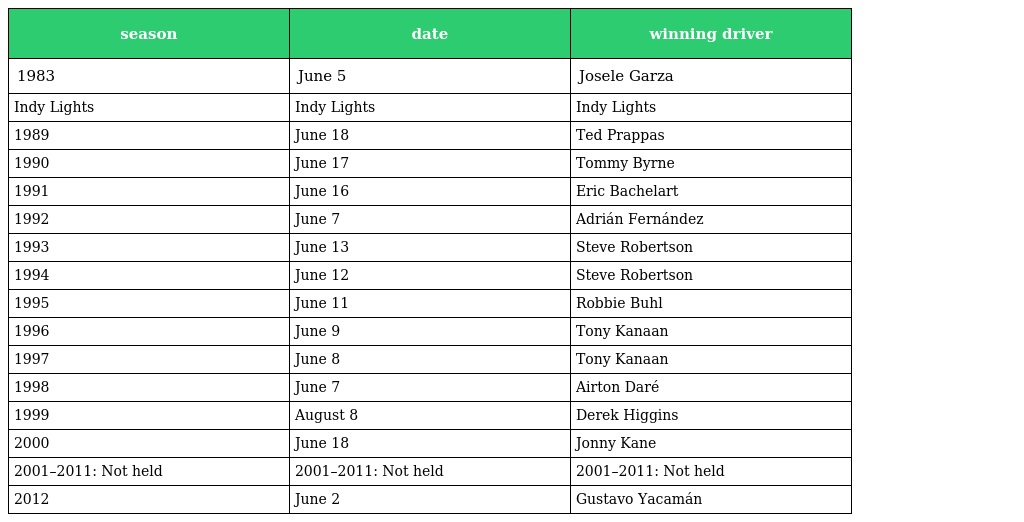
| season | date | winning driver |
 | --- | --- | --- |
 | 1983 | June 5 | Josele Garza |
 | Indy Lights | Indy Lights | Indy Lights |
 | 1989 | June 18 | Ted Prappas |
 | 1990 | June 17 | Tommy Byrne |
 | 1991 | June 16 | Eric Bachelart |
 | 1992 | June 7 | Adrián Fernández |
 | 1993 | June 13 | Steve Robertson |
 | 1994 | June 12 | Steve Robertson |
 | 1995 | June 11 | Robbie Buhl |
 | 1996 | June 9 | Tony Kanaan |
 | 1997 | June 8 | Tony Kanaan |
 | 1998 | June 7 | Airton Daré |
 | 1999 | August 8 | Derek Higgins |
 | 2000 | June 18 | Jonny Kane |
 | 2001–2011: Not held | 2001–2011: Not held | 2001–2011: Not held |
 | 2012 | June 2 | Gustavo Yacamán |